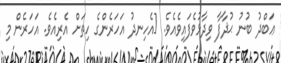
ޢަބްދު ބުނު ޙުޛާފާ ވިދާޅުވެފައިވެއެވެ. [އެހިނދު އަހަރެންގެ ހިތަށް އެރިއެވެ. އަހަރެން މި